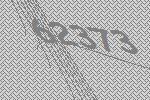
62373